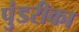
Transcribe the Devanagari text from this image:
पुंडरीका